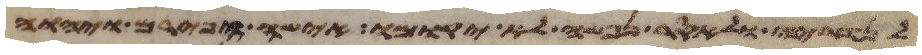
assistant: לנדריה ולאסר נפשה לא יקומו אישה הפירם ויהוה